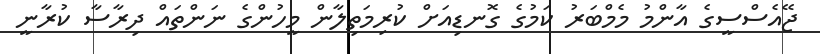
ޖޭއެސްސީގެ އާންމު މެމްބަރު ކަމުގެ ގޮނޑިއަށް ކުރިމަތިލާން މީހުންގެ ނަންތައް ދިރާސާ ކުރާނީ